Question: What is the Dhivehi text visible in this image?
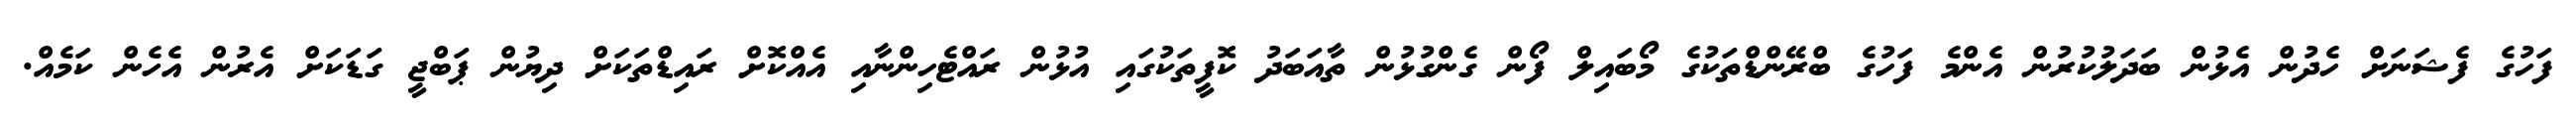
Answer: ފަހުގެ ފެޝަނަށް ހެދުން އެޅުން ބަދަލުކުރުން އެންމެ ފަހުގެ ބްރޭންޑްތަކުގެ މޯބައިލް ފޯން ގެންގުޅުން ތާއަބަދު ކޮފީތަކުގައި އުޅުން ރައްޓެހިންނާއި އެއްކޮށް ރައިޑްތަކަށް ދިޔުން ޕަބްޖީ ގަޑަކަށް އެރުން އެހެން ކަމެއް.